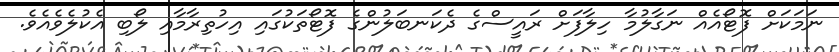
ނަމަކަށް ފޮޓޯއެއް ނަގާލުމާ ހިލާފަށް ރައީސްގެ ދެކަނބަލުންގެ ފޮޓޯތަކުގައި އިހުތިރާމާއި ލޯބި އެކުލެވެއެވެ.